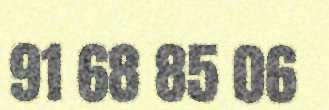
91 68 85 06